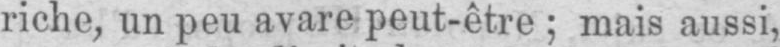
riche, un peu avare peut-être; mais aussi,